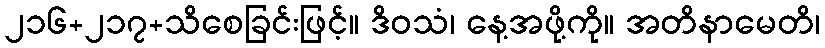
၂၁၆+၂၁၇+သိစေခြင်းဖြင့်။ ဒိဝသံ၊ နေ့အဖို့ကို။ အတိနာမေတိ၊